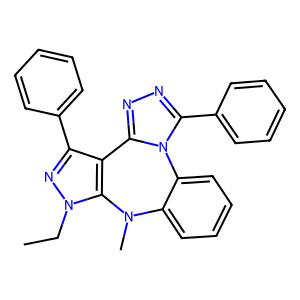
SMILES: CCn1nc(-c2ccccc2)c2c1N(C)c1ccccc1-n1c(-c3ccccc3)nnc1-2
Inhibits HIV replication: No